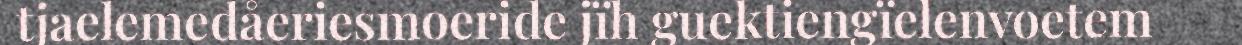
tjaelemedåeriesmoeride jïh guektiengïelenvoetem